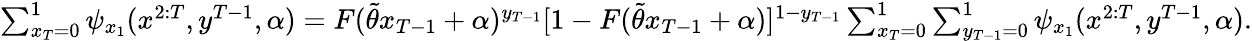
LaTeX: \begin{array}{r}{\sum_{x_{T}=0}^{1}\psi_{x_{1}}(x^{2:T},y^{T-1},\alpha)=F(\widetilde{\theta}x_{T-1}+\alpha)^{y_{T-1}}[1-F(\widetilde{\theta}x_{T-1}+\alpha)]^{1-y_{T-1}}\sum_{x_{T}=0}^{1}\sum_{y_{T-1}=0}^{1}\psi_{x_{1}}(x^{2:T},y^{T-1},\alpha).}\end{array}